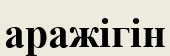
аражігін